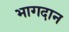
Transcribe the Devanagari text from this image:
भागदान